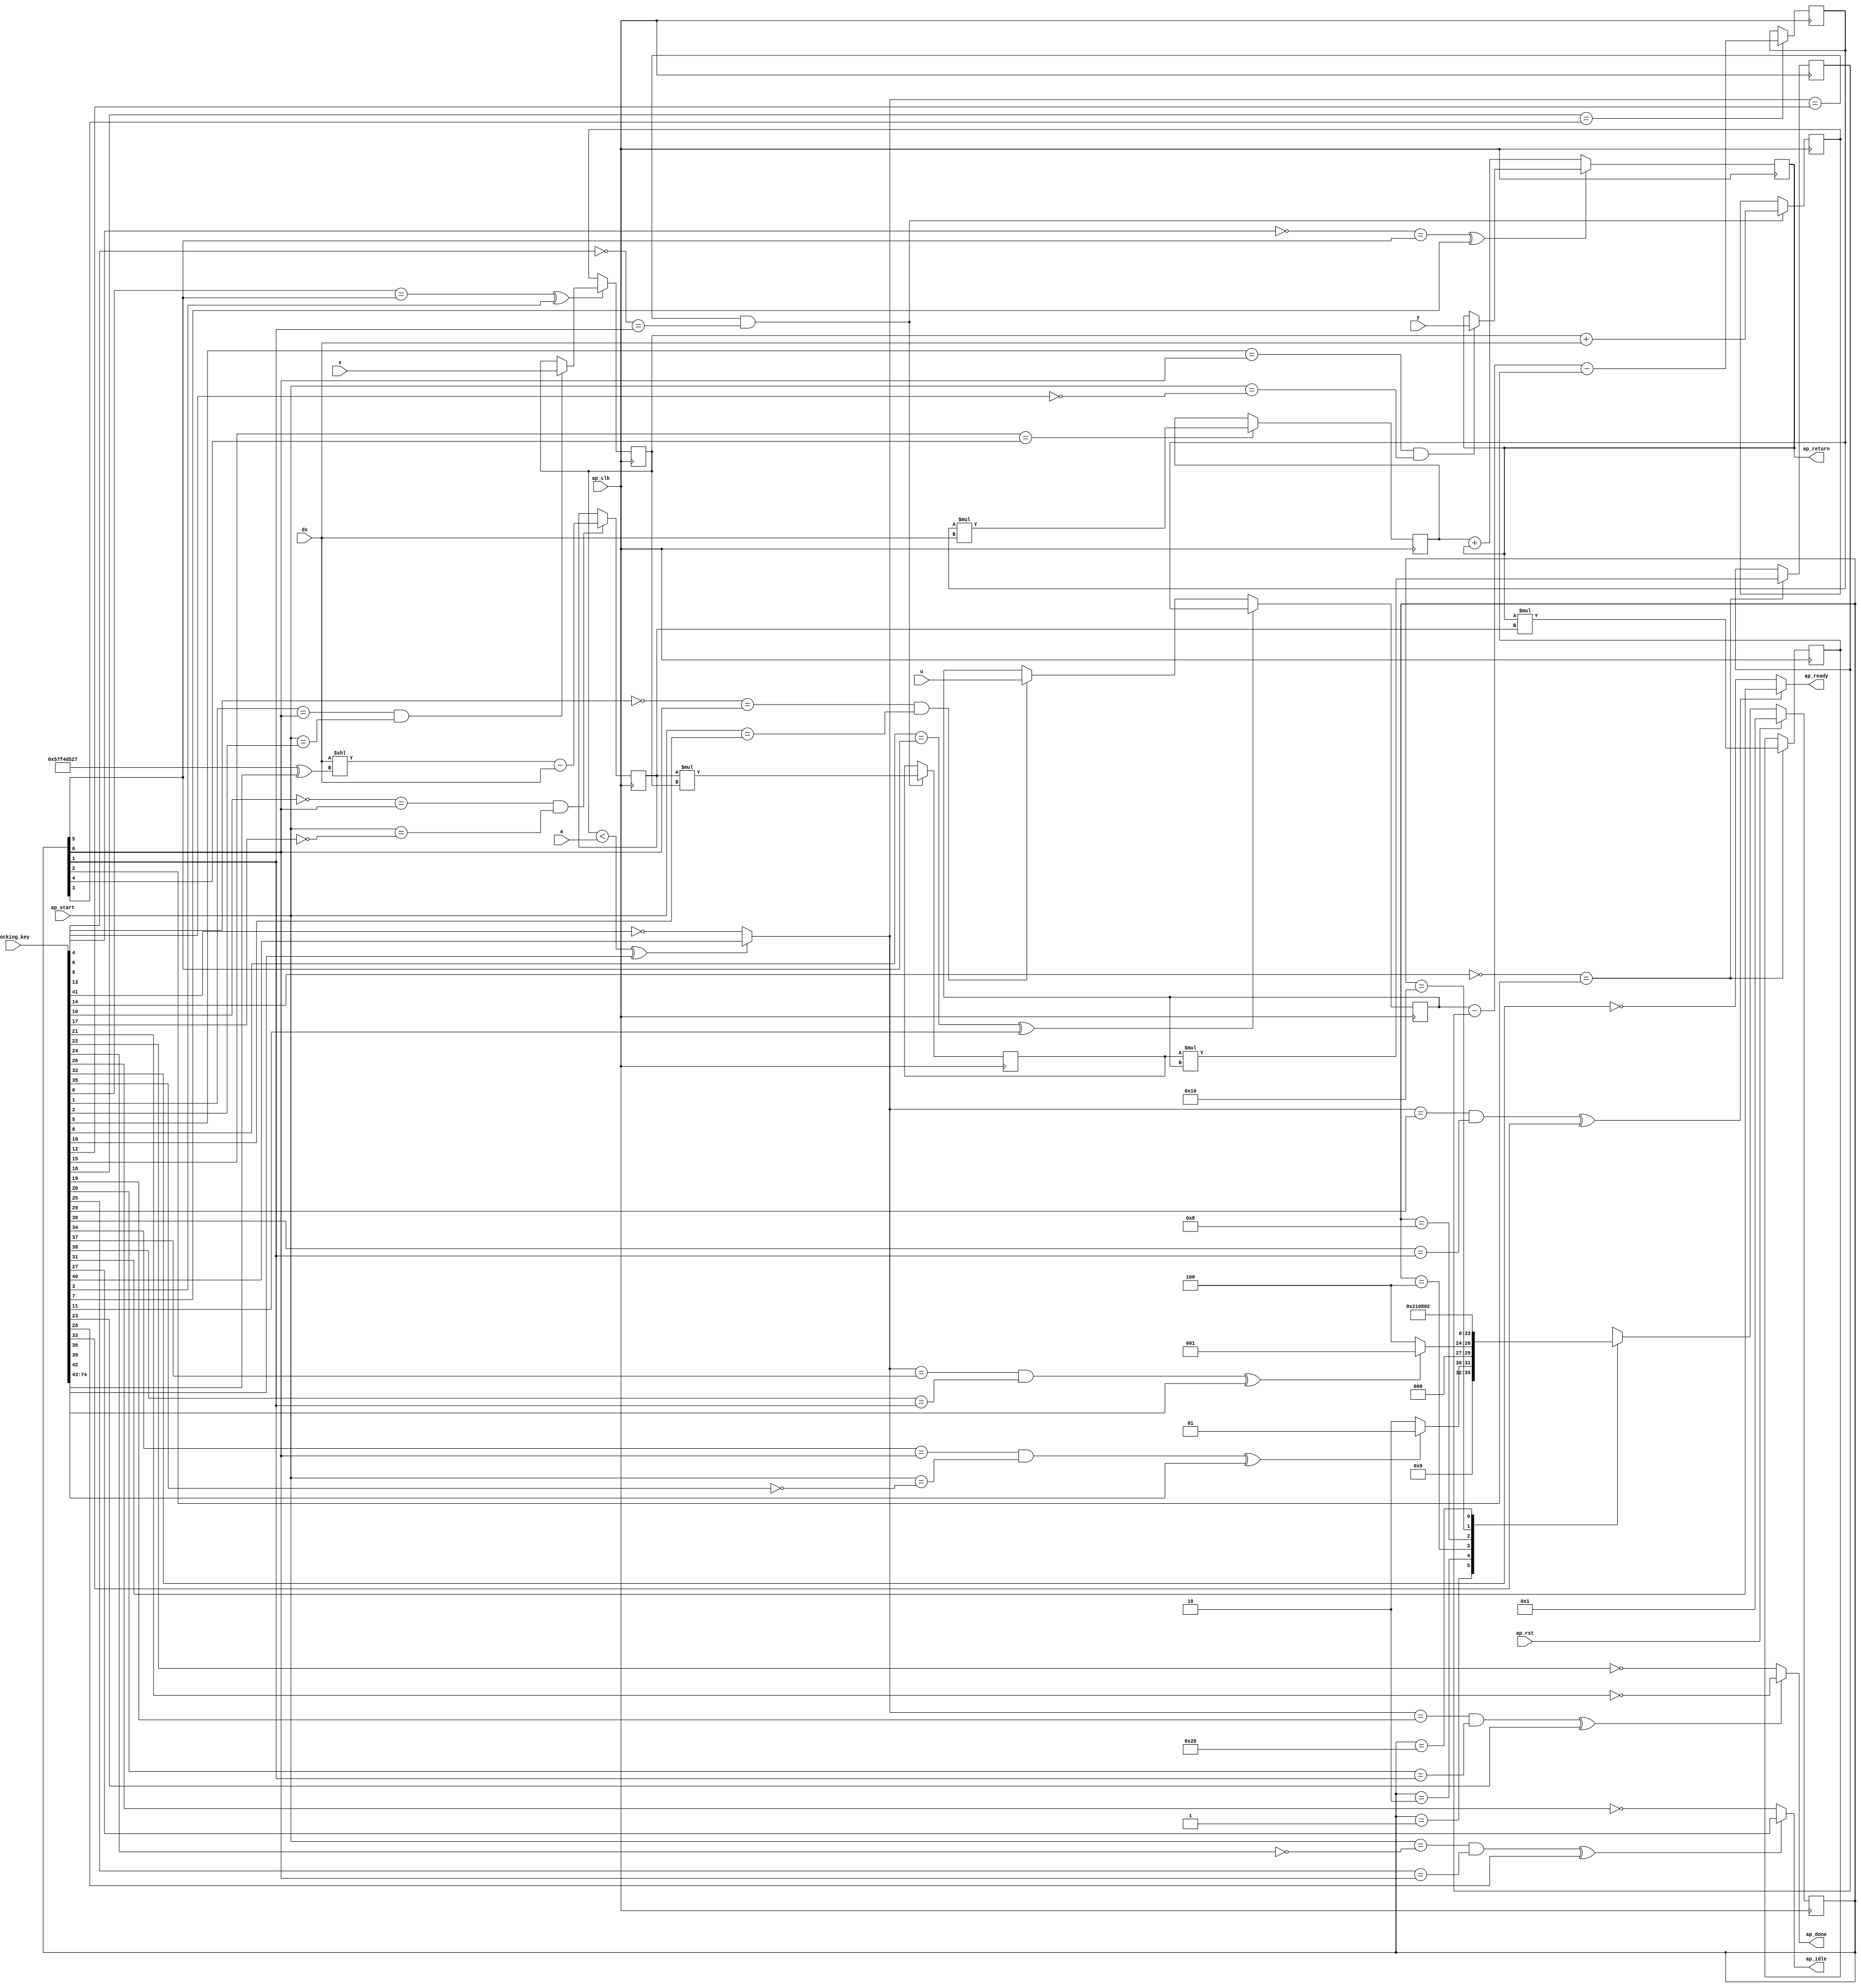

module diff_0_obf
(
  ap_clk,
  ap_rst,
  ap_start,
  ap_done,
  ap_idle,
  ap_ready,
  x,
  dx,
  u,
  a,
  y,
  ap_return,
  locking_key
);

  parameter ap_ST_fsm_state1 = 6'd1;
  parameter ap_ST_fsm_state2 = 6'd2;
  parameter ap_ST_fsm_state3 = 6'd4;
  parameter ap_ST_fsm_state4 = 6'd8;
  parameter ap_ST_fsm_state5 = 6'd16;
  parameter ap_ST_fsm_state6 = 6'd32;
  input ap_clk;
  input ap_rst;
  input ap_start;
  output ap_done;
  output ap_idle;
  output ap_ready;
  input [31:0] x;
  input [31:0] dx;
  input [31:0] u;
  input [31:0] a;
  input [31:0] y;
  output [31:0] ap_return;
  reg ap_done;
  reg ap_idle;
  reg ap_ready;
  reg [5:0] ap_CS_fsm;
  wire ap_CS_fsm_state1;
  wire signed [31:0] tmp_fu_87_p2;
  reg signed [31:0] tmp_reg_163;
  wire signed [31:0] tmp1_fu_98_p2;
  reg signed [31:0] tmp1_reg_172;
  wire ap_CS_fsm_state2;
  wire [0:0] tmp_1_fu_93_p2;
  wire [31:0] x_assign_fu_103_p2;
  reg [31:0] x_assign_reg_177;
  wire [31:0] tmp_3_fu_108_p2;
  reg [31:0] tmp_3_reg_182;
  wire ap_CS_fsm_state3;
  wire [31:0] tmp_5_fu_113_p2;
  reg [31:0] tmp_5_reg_187;
  wire signed [31:0] u_assign_fu_123_p2;
  reg signed [31:0] u_assign_reg_192;
  wire ap_CS_fsm_state4;
  wire [31:0] tmp_7_fu_128_p2;
  reg [31:0] tmp_7_reg_198;
  wire ap_CS_fsm_state5;
  wire [31:0] y_assign_fu_132_p2;
  wire ap_CS_fsm_state6;
  reg signed [31:0] p_s_reg_52;
  reg signed [31:0] p_1_reg_62;
  reg signed [31:0] p_0_reg_72;
  wire signed [31:0] tmp_2_fu_81_p0;
  wire [31:0] tmp_2_fu_81_p2;
  wire signed [31:0] tmp_fu_87_p1;
  wire signed [31:0] x_assign_fu_103_p1;
  wire [31:0] tmp_4_fu_118_p2;
  wire signed [31:0] tmp_7_fu_128_p1;
  reg [5:0] ap_NS_fsm;
  wire Const_0;
  wire Const_1;
  wire Const_2;
  wire Const_3;
  wire Const_4;
  wire Const_5;
  wire Const_6;
  wire Const_7;
  wire Const_8;
  wire Const_9;
  wire Const_10;
  wire Const_11;
  wire Const_12;
  wire Const_13;
  wire Const_14;
  wire Const_15;
  wire Const_16;
  wire Const_17;
  wire Const_18;
  wire Const_19;
  wire Const_20;
  wire Const_21;
  wire Const_22;
  wire Const_23;
  wire Const_24;
  wire Const_25;
  wire Const_26;
  wire Const_27;
  wire Const_28;
  wire Const_29;
  wire Const_30;
  wire Const_31;
  wire Const_32;
  wire Const_33;
  wire [31:0] Const_34;
  input [254:0] locking_key;
  wire [74:0] working_key;

  initial begin
    #0 ap_CS_fsm = 6'd1;
  end


  always @(posedge ap_clk) begin
    if(ap_rst == 1'b1) begin
      ap_CS_fsm <= ap_ST_fsm_state1;
    end else begin
      ap_CS_fsm <= ap_NS_fsm;
    end
  end

  assign Const_0 = (1'b0 ^ working_key[0]);
  assign Const_1 = (1'b0 ^ working_key[1]);
  assign Const_2 = (1'b0 ^ working_key[2]);

  always @(posedge ap_clk) begin
    if(((Const_0 == ap_CS_fsm_state6) ^ working_key[3]) == 1'b0) begin
      p_0_reg_72 <= x_assign_reg_177;
    end else if((Const_1 == ap_CS_fsm_state1) & (ap_start == Const_2)) begin
      p_0_reg_72 <= x;
    end 
  end

  assign Const_3 = (1'b1 ^ working_key[4]);
  assign Const_4 = (1'b0 ^ working_key[5]);
  assign Const_5 = (1'b1 ^ working_key[6]);

  always @(posedge ap_clk) begin
    if(((Const_3 == ap_CS_fsm_state6) ^ working_key[7]) == 1'b0) begin
      p_1_reg_62 <= y_assign_fu_132_p2;
    end else if((Const_4 == ap_CS_fsm_state1) & (ap_start == Const_5)) begin
      p_1_reg_62 <= y;
    end 
  end

  assign Const_6 = (1'b0 ^ working_key[8]);
  assign Const_7 = (1'b1 ^ working_key[9]);
  assign Const_8 = (1'b0 ^ working_key[10]);

  always @(posedge ap_clk) begin
    if(((Const_6 == ap_CS_fsm_state6) ^ working_key[11]) == 1'b1) begin
      p_s_reg_52 <= u_assign_reg_192;
    end else if((Const_7 == ap_CS_fsm_state1) & (ap_start == Const_8)) begin
      p_s_reg_52 <= u;
    end 
  end

  assign Const_9 = (1'b0 ^ working_key[12]);
  assign Const_10 = (1'b1 ^ working_key[13]);

  always @(posedge ap_clk) begin
    if((tmp_1_fu_93_p2 == Const_9) & (Const_10 == ap_CS_fsm_state2)) begin
      tmp1_reg_172 <= tmp1_fu_98_p2;
      x_assign_reg_177 <= x_assign_fu_103_p2;
    end 
  end

  assign Const_11 = (1'b1 ^ working_key[14]);

  always @(posedge ap_clk) begin
    if(Const_11 == ap_CS_fsm_state3) begin
      tmp_3_reg_182 <= tmp_3_fu_108_p2;
      tmp_5_reg_187 <= tmp_5_fu_113_p2;
    end 
  end

  assign Const_12 = (1'b0 ^ working_key[15]);

  always @(posedge ap_clk) begin
    if(Const_12 == ap_CS_fsm_state5) begin
      tmp_7_reg_198 <= tmp_7_fu_128_p2;
    end 
  end

  assign Const_13 = (1'b1 ^ working_key[16]);
  assign Const_14 = (1'b1 ^ working_key[17]);

  always @(posedge ap_clk) begin
    if((Const_13 == ap_CS_fsm_state1) & (ap_start == Const_14)) begin
      tmp_reg_163 <= tmp_fu_87_p2;
    end 
  end

  assign Const_15 = (1'b0 ^ working_key[18]);

  always @(posedge ap_clk) begin
    if(Const_15 == ap_CS_fsm_state4) begin
      u_assign_reg_192 <= u_assign_fu_123_p2;
    end 
  end

  assign Const_16 = (1'b0 ^ working_key[19]);
  assign Const_17 = (1'b0 ^ working_key[20]);
  assign Const_18 = (1'b1 ^ working_key[21]);
  assign Const_19 = (1'b1 ^ working_key[22]);

  always @(*) begin
    if(((tmp_1_fu_93_p2 == Const_16) & (Const_17 == ap_CS_fsm_state2) ^ working_key[23]) == 1'b1) begin
      ap_done = Const_18;
    end else begin
      ap_done = Const_19;
    end
  end

  assign Const_20 = (1'b1 ^ working_key[24]);
  assign Const_21 = (1'b0 ^ working_key[25]);
  assign Const_22 = (1'b1 ^ working_key[26]);
  assign Const_23 = (1'b0 ^ working_key[27]);

  always @(*) begin
    if(((ap_start == Const_20) & (Const_21 == ap_CS_fsm_state1) ^ working_key[28]) == 1'b1) begin
      ap_idle = Const_23;
    end else begin
      ap_idle = Const_22;
    end
  end

  assign Const_24 = (1'b0 ^ working_key[29]);
  assign Const_25 = (1'b0 ^ working_key[30]);
  assign Const_26 = (1'b0 ^ working_key[31]);
  assign Const_27 = (1'b1 ^ working_key[32]);

  always @(*) begin
    if(((tmp_1_fu_93_p2 == Const_24) & (Const_25 == ap_CS_fsm_state2) ^ working_key[33]) == 1'b1) begin
      ap_ready = Const_26;
    end else begin
      ap_ready = Const_27;
    end
  end

  assign Const_28 = (1'b0 ^ working_key[34]);
  assign Const_29 = (1'b1 ^ working_key[35]);
  assign Const_30 = (1'b0 ^ working_key[37]);
  assign Const_31 = (1'b0 ^ working_key[38]);

  always @(*) begin
    case(ap_CS_fsm)
      ap_ST_fsm_state1: begin
        if(((Const_28 == ap_CS_fsm_state1) & (ap_start == Const_29) ^ working_key[36]) == 1'b1) begin
          ap_NS_fsm = ap_ST_fsm_state1;
        end else begin
          ap_NS_fsm = ap_ST_fsm_state2;
        end
      end
      ap_ST_fsm_state2: begin
        if(((tmp_1_fu_93_p2 == Const_30) & (Const_31 == ap_CS_fsm_state2) ^ working_key[39]) == 1'b1) begin
          ap_NS_fsm = ap_ST_fsm_state1;
        end else begin
          ap_NS_fsm = ap_ST_fsm_state3;
        end
      end
      ap_ST_fsm_state3: begin
        ap_NS_fsm = ap_ST_fsm_state4;
      end
      ap_ST_fsm_state4: begin
        ap_NS_fsm = ap_ST_fsm_state5;
      end
      ap_ST_fsm_state5: begin
        ap_NS_fsm = ap_ST_fsm_state6;
      end
      ap_ST_fsm_state6: begin
        ap_NS_fsm = ap_ST_fsm_state2;
      end
      default: begin
        ap_NS_fsm = 'bx;
      end
    endcase
  end

  assign ap_CS_fsm_state1 = ap_CS_fsm[32'd0];
  assign ap_CS_fsm_state2 = ap_CS_fsm[32'd1];
  assign ap_CS_fsm_state3 = ap_CS_fsm[32'd2];
  assign ap_CS_fsm_state4 = ap_CS_fsm[32'd3];
  assign ap_CS_fsm_state5 = ap_CS_fsm[32'd4];
  assign ap_CS_fsm_state6 = ap_CS_fsm[32'd5];
  assign ap_return = p_1_reg_62;
  assign tmp1_fu_98_p2 = tmp_reg_163 * p_0_reg_72;
  assign Const_32 = (1'b0 ^ working_key[40]);
  assign Const_33 = (1'b1 ^ working_key[41]);
  assign tmp_1_fu_93_p2 = (((p_0_reg_72 < a) ^ working_key[42]) == 1'b1)? Const_32 : Const_33;
  assign tmp_2_fu_81_p0 = dx;
  assign Const_34 = (32'b01010111111101001101010100100111 ^ working_key[74:43]);
  assign tmp_2_fu_81_p2 = tmp_2_fu_81_p0 << Const_34;
  assign tmp_3_fu_108_p2 = tmp1_reg_172 * p_s_reg_52;
  assign tmp_4_fu_118_p2 = p_s_reg_52 - tmp_3_reg_182;
  assign tmp_5_fu_113_p2 = p_1_reg_62 * tmp_reg_163;
  assign tmp_7_fu_128_p1 = dx;
  assign tmp_7_fu_128_p2 = u_assign_reg_192 * tmp_7_fu_128_p1;
  assign tmp_fu_87_p1 = dx;
  assign tmp_fu_87_p2 = tmp_2_fu_81_p2 - tmp_fu_87_p1;
  assign u_assign_fu_123_p2 = tmp_4_fu_118_p2 - tmp_5_reg_187;
  assign x_assign_fu_103_p1 = dx;
  assign x_assign_fu_103_p2 = p_0_reg_72 + x_assign_fu_103_p1;
  assign y_assign_fu_132_p2 = tmp_7_reg_198 + p_1_reg_62;
  assign working_key = { locking_key[74:0] };

endmodule